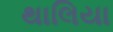
થાલિયા